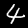
Label: 4